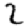
Digit: 2